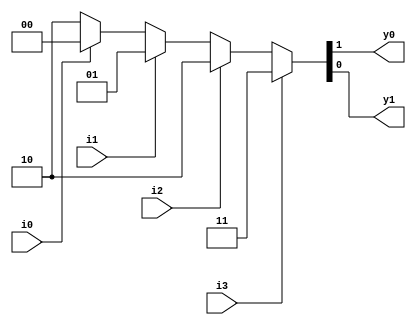
module _4x2msbpe (y0,y1,i0,i1,i2,i3);
  input i0,i1,i2,i3;
  output y0,y1;
  
  wire [1:0] p1,p2,p3;
  wire y0,y1;
  
  assign p1=i0? 2'b00 :2'b10;
  assign p2=i1? 2'b01 :p1;
  assign p3=i2? 2'b10 :p2;
  assign {y0,y1} =i3? 2'b11 :p3;
  
endmodule